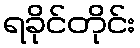
ရခိုင်တိုင်း